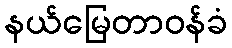
နယ်မြေတာဝန်ခံ